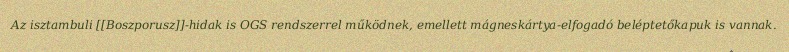
Az isztambuli [[Boszporusz]]-hidak is OGS rendszerrel működnek, emellett mágneskártya-elfogadó beléptetőkapuk is vannak.